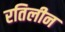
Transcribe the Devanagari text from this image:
रतिलीन